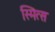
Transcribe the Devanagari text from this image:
स्मित्स